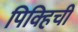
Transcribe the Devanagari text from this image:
पिक्हिची